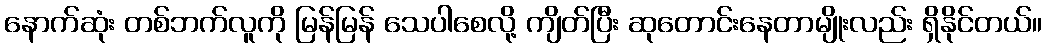
နောက်ဆုံး တစ်ဘက်လူကို မြန်မြန် သေပါစေလို့ ကျိတ်ပြီး ဆုတောင်းနေတာမျိုးလည်း ရှိနိုင်တယ်။